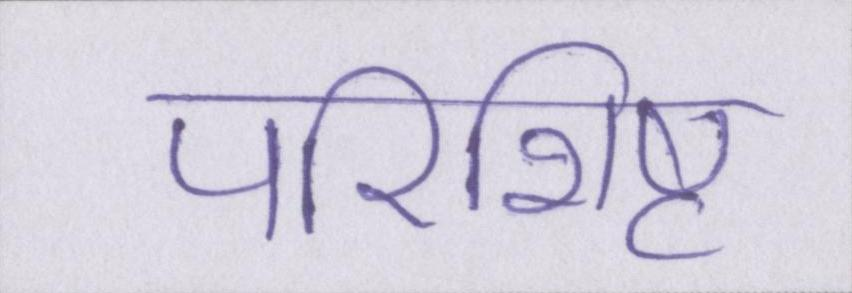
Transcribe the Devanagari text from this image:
परिशिष्ट